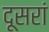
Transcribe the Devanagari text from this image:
दूसरां